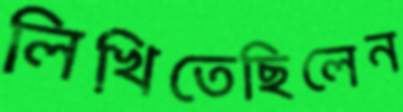
লিখিতেছিলেন